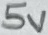
Text: 5V